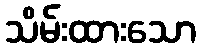
သိမ်းထားသော